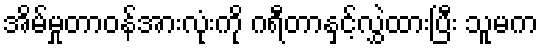
အိမ်မှုတာဝန်အားလုံးကို ဂရီတာနှင့်လွှဲထားပြီး သူမက